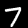
Label: 7